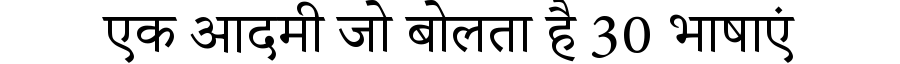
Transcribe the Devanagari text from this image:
एक आदमी जो बोलता है 30 भाषाएं